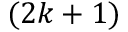
( 2 k + 1 )